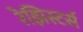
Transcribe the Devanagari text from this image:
रेझिस्टर्स